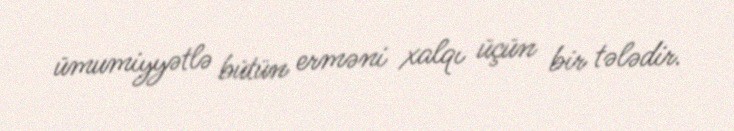
ümumiyyətlə bütün erməni xalqı üçün bir tələdir.